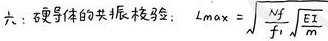
六： 互信息(体的共 H 息)本题可令：$Lmax=\sqrt{\frac{\sum_{i = 1}^{n} f_{i}}{\sum_{i = 1}^{n} E_{i}}}$